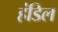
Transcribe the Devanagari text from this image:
हंडिल